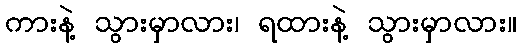
ကားနဲ့ သွားမှာလား၊ ရထားနဲ့ သွားမှာလား။